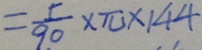
= \frac { 5 } { 9 0 } \times \pi \times 1 4 4